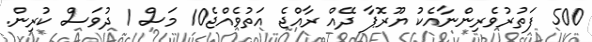
500 ފަތުރުވެރިންނާއެކު ޔޫރޮޕާ ދޭއް ރާއްޖެ އަތުވެއްޖެ10 މަސް 1 ދުވަސް ކުރިން.